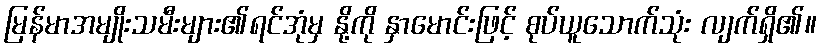
မြန်မာအမျိုးသမီးများ၏ရင်အုံမှ နို့ကို နှာမောင်းဖြင့် စုပ်ယူသောက်သုံး လျက်ရှိ၏။